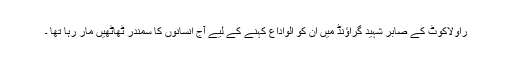
راولاکوٹ کے صابر شہید گراؤنڈ میں ان کو الواداع کہنے کے لیے آج انسانوں کا سمندر ٹھاٹھیں مار رہا تھا ۔